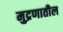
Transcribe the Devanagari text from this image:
मुद्रणातील